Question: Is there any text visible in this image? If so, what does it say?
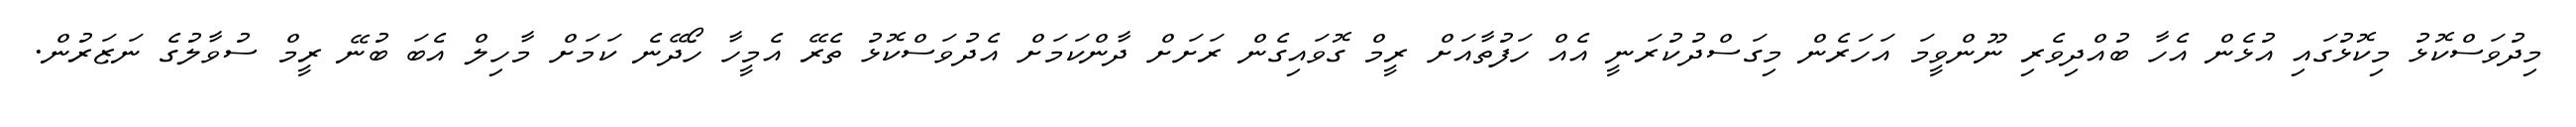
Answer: މިދުވަސްކޮޅު މިކޮޅުގައި އުޅެން އެހާ ބުއްދިވެރި ނޫންވީމަ އަހަރެން މިގަސްދުކުރަނީ އެއް ހަފުތާއަށް ރީމް ގޮވައިގެން ރަށަށް ދާންކަމަށް އެދުވަސްކޮޅު ތެރޭ އެމީހާ ހޯދޭނެ ކަމަށް މާހިލް އެބަ ބުނޭ ރީމް ސުވާލުގެ ނަޒަރުން.